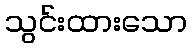
သွင်းထားသော